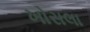
ખોસલા